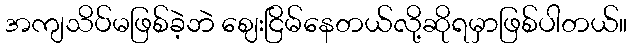
အကျသိပ်မဖြစ်ခဲ့ဘဲ ဈေးငြိမ်နေတယ်လို့ဆိုရမှာဖြစ်ပါတယ်။